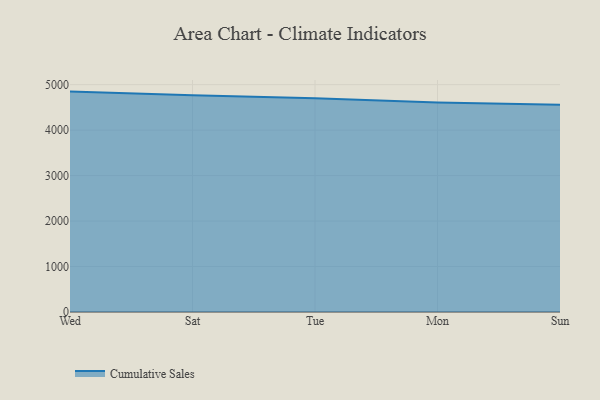
{"axis": {"x": "Day", "y": "Market Share (%)"}, "legend": ["Cumulative Sales"], "data": [{"x": "Wed", "y": 4847.1, "type": "Cumulative Sales"}, {"x": "Sat", "y": 4765.1, "type": "Cumulative Sales"}, {"x": "Tue", "y": 4700.9, "type": "Cumulative Sales"}, {"x": "Mon", "y": 4606.7, "type": "Cumulative Sales"}, {"x": "Sun", "y": 4556.6, "type": "Cumulative Sales"}]}